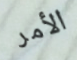
الأمر